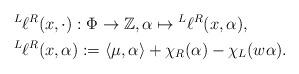
LaTeX: \begin{align*}&\prescript L{} {}\ell{}^R(x,\cdot):\Phi\rightarrow\mathbb Z,\alpha\mapsto \prescript L{}{} \ell {}^R(x,\alpha),\\&\prescript L{}{} \ell{}^R(x,\alpha) := \langle \mu,\alpha\rangle + \chi_R(\alpha) - \chi_L(w\alpha).\end{align*}